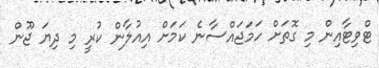
ޓްވިޓާއިން މި ގޮތަށް ހަމަޖައްސާނެ ކަމަށް އިއުލާން ކުރީ މި ދިޔަ ޖޫން